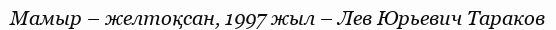
Мамыр – желтоқсан, 1997 жыл – Лев Юрьевич Тараков